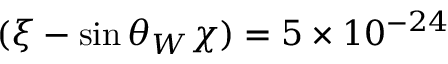
( \xi - \sin \theta _ { W } \chi ) = 5 \times 1 0 ^ { - 2 4 }